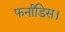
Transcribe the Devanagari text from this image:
फर्नांडिस।